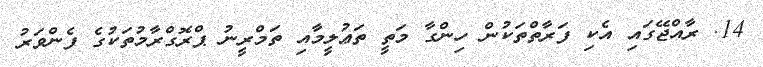
14. ރާއްޖޭގައި އެކި ފަރާތްތަކުން ހިންގާ މަތީ ތަޢުލީމާއި ތަމްރީނު ޕްރޮގްރާމުތަކުގެ ފެންވަރު